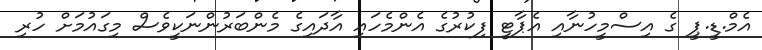
އެމް.ޑީ.ޕީ ގެ އިސްމީހުނާއި އެޕާޓީ ފިކުރުގެ އެންމެހައި އާދައިގެ މެންބަރުންނަކީވެސް މިގައުމަށް ހުރި